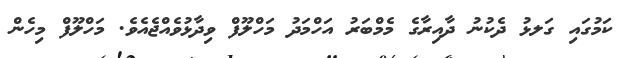
ކަމުގައި ގަލޅު ދެކުނު ދާއިރާގެ މެމްބަރު އަހްމަދު މަހްލޫފް ވިދާޅުވެއްޖެއެވެ. މަހްލޫފް މިހެން